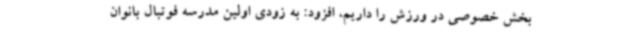
بخش خصوصی در ورزش را داریم، افزود: به زودی اولین مدرسه فوتبال بانوان